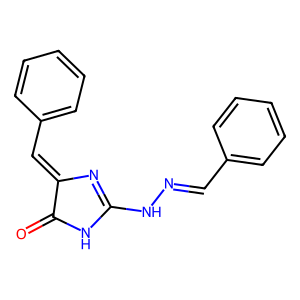
SMILES: O=C1NC(NN=Cc2ccccc2)=NC1=Cc1ccccc1
Inhibits HIV replication: No